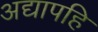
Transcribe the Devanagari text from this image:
अद्यापहि